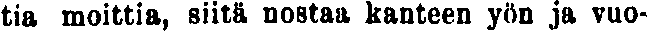
tia moittia, siitä nostaa kanteen yön ja vuo-